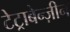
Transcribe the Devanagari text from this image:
टेट्राबेन्ज़ीन